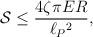
\begin{align*}{\cal S}\leq {4\zeta\pi ER\over \ell_P{}^2},\end{align*}